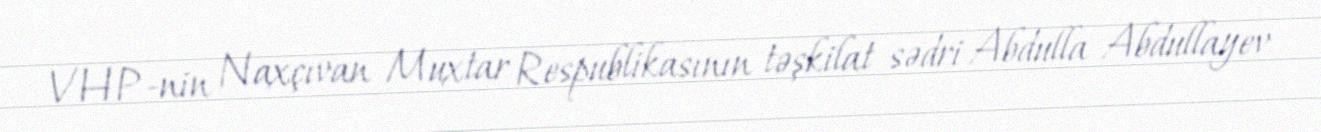
VHP-nin Naxçıvan Muxtar Respublikasının təşkilat sədri Abdulla Abdullayev